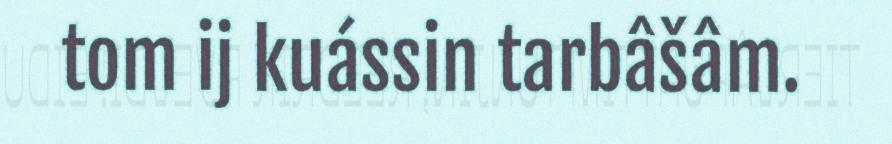
tom ij kuássin tarbâšâm.